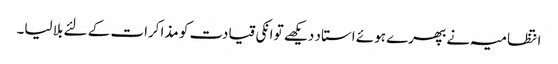
انتظامیہ نے بھپرے ہوئے استاد دیکھے تو انکی قیادت کو مذاکرات کے لئے بلا لیا۔